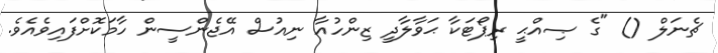
ޗެނަލް () "ގެ ޞިއްޙީ ރިޕޯޓަކާ ޙަވާލާދީ ޒިންހުއާ ނިއުސް އޭޖެންސީން ހާމަކޮށްފައިވެއެވެ.